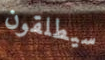
سيطلقون